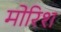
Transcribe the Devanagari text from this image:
मोरिश